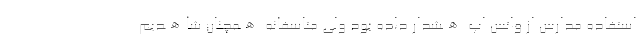
استفاده مدارس از واتس اپ ھشدار داده بود ولی متاسفانه ھمچنان شاھدیم